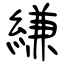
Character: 縑